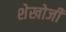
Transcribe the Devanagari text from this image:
शेखोजी